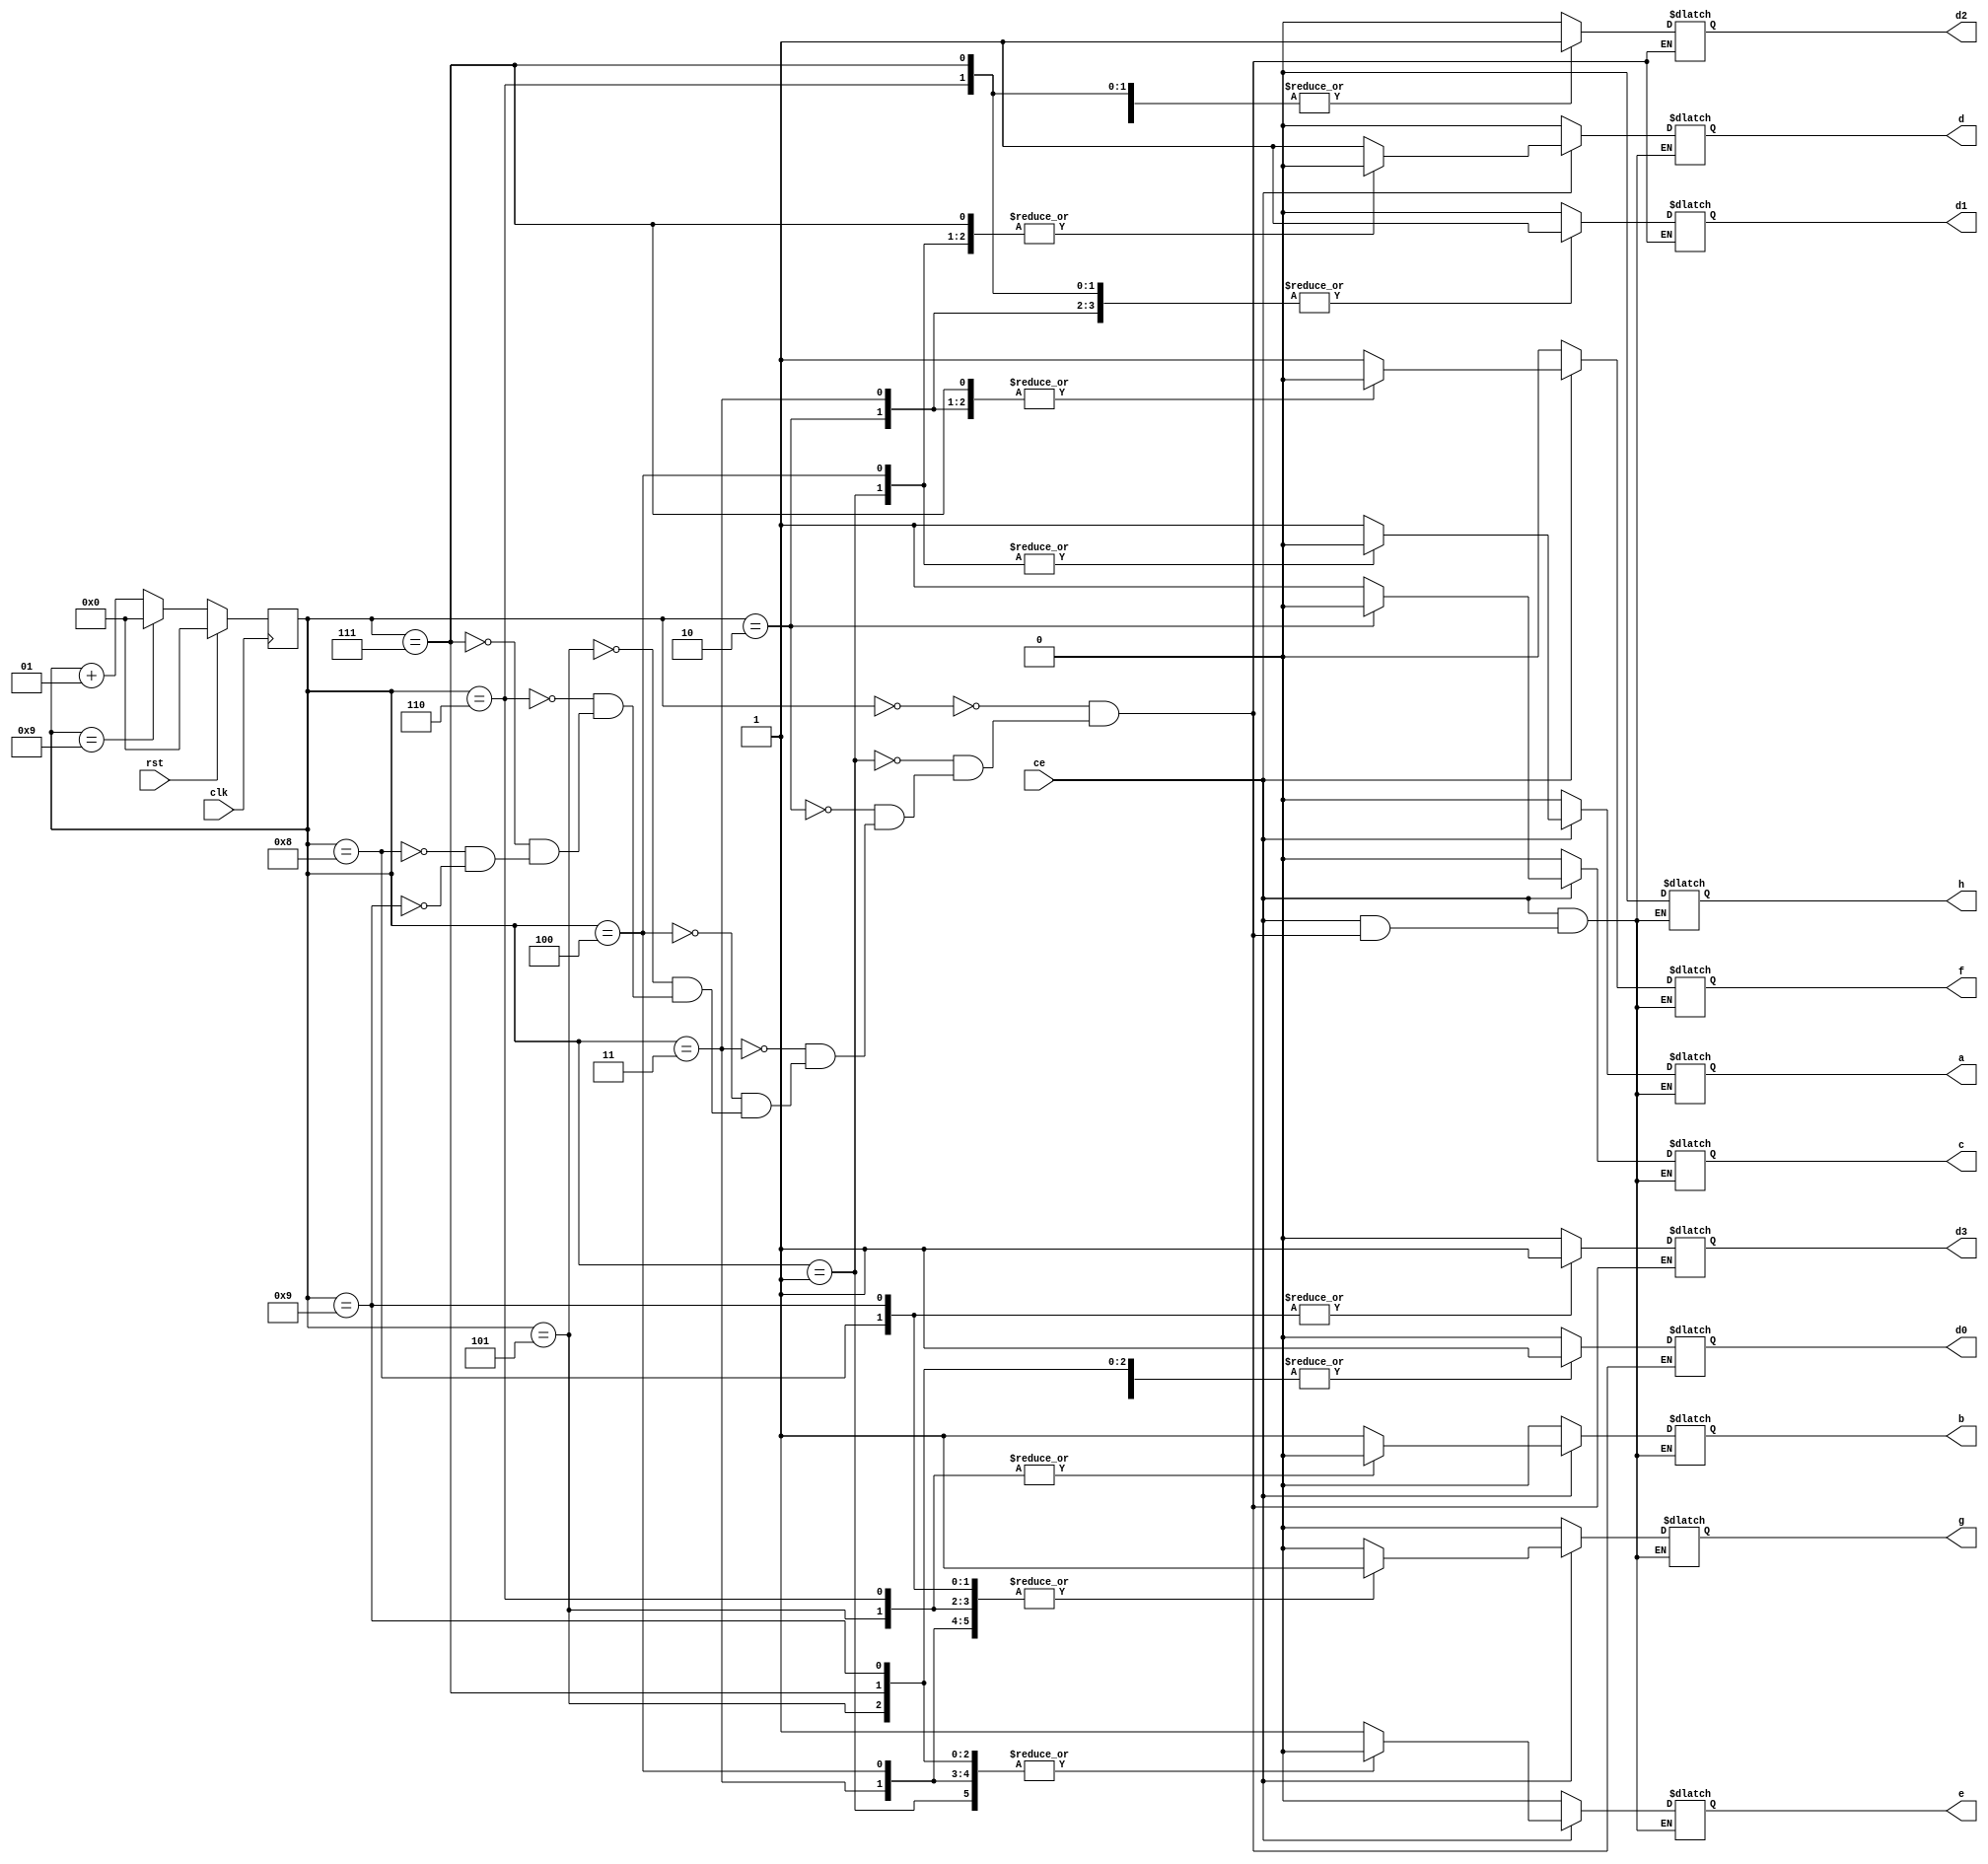
`timescale 1ns / 1ps
//////////////////////////////////////////////////////////////////////////////////
// Company: 
// Engineer: 
// 
// Design Name: 
// Module Name: cnt
// Project Name: 
// Target Devices: 
// Tool Versions: 
// Description: 
// 
// Dependencies: 
// 
// Revision:
// Revision 0.01 - File Created
// Additional Comments:
// 
//////////////////////////////////////////////////////////////////////////////////


module cnt(
    input clk,
    input rst,
    input ce,
    output reg a,
    output reg b,
    output reg c,
    output reg d,
    output reg e,
    output reg f,
    output reg g,
    output reg h,
    output reg d3,
    output reg d2,
    output reg d1,
    output reg d0
    );
   integer Q=0; 
        always @ (posedge clk )
        begin
              if(rst)
              begin
                   Q<=0;
                   end
              else 
                 if(Q==9)
                 begin
                      Q<=0;
                      end
                 else 
                 begin
                      Q<=Q+1;
                      end
        end
        
        always@(*)
        begin
        if (ce)
        begin
        case(Q)
           0: begin {a,b,c,d,e,f,g,h} = 8'b11111100; end
           1: begin {a,b,c,d,e,f,g,h} = 8'b01100000; end
           2: begin {a,b,c,d,e,f,g,h} = 8'b11011010; end
           3: begin {a,b,c,d,e,f,g,h} = 8'b11110010; end
           4: begin {a,b,c,d,e,f,g,h} = 8'b01100110; end
           5: begin {a,b,c,d,e,f,g,h} = 8'b10110110; end
           6: begin {a,b,c,d,e,f,g,h} = 8'b10111110; end
           7: begin {a,b,c,d,e,f,g,h} = 8'b11100000; end
           8: begin {a,b,c,d,e,f,g,h} = 8'b11111110; end
           9: begin {a,b,c,d,e,f,g,h} = 8'b11110110; end
         endcase
        end
        else
        begin
            {a,b,c,d,e,f,g,h} = 8'b00000000;
        end
        end
        always@(*)
        begin
            case(Q)
            0: begin {d3,d2,d1,d0} = 4'b0000; end
            1: begin {d3,d2,d1,d0} = 4'b0001; end
            2: begin {d3,d2,d1,d0} = 4'b0010; end
            3: begin {d3,d2,d1,d0} = 4'b0011; end
            4: begin {d3,d2,d1,d0} = 4'b0100; end
            5: begin {d3,d2,d1,d0} = 4'b0101; end
            6: begin {d3,d2,d1,d0} = 4'b0110; end
            7: begin {d3,d2,d1,d0} = 4'b0111; end
            8: begin {d3,d2,d1,d0} = 4'b1000; end
            9: begin {d3,d2,d1,d0} = 4'b1001; end
            endcase
        end
        
 
endmodule